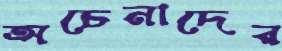
অচেনাদের